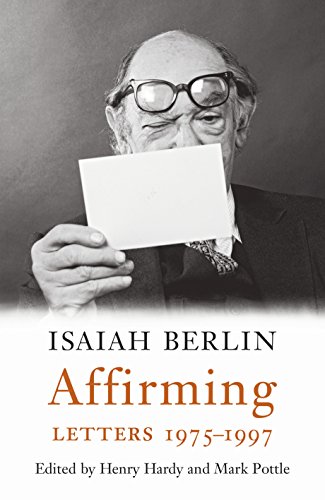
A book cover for Affirming: Letters 1975-1997; Isaiah Berlin; Literature & Fiction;